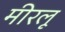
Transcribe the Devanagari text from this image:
मीरलू